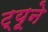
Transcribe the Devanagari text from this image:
ट्यूने